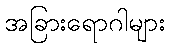
အခြားရောဂါများ